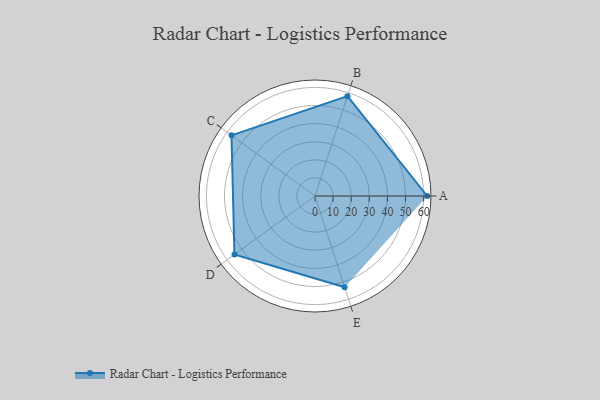
{"axis": {"x": "Skill", "y": "Score"}, "legend": ["Profile"], "data": [{"x": "A", "y": 62.0, "type": "Profile"}, {"x": "B", "y": 58.0, "type": "Profile"}, {"x": "C", "y": 57.0, "type": "Profile"}, {"x": "D", "y": 55.0, "type": "Profile"}, {"x": "E", "y": 53.0, "type": "Profile"}]}